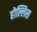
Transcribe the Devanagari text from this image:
होल्लिस